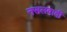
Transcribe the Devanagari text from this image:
नसलवादी